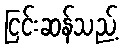
ငြင်းဆန်သည့်